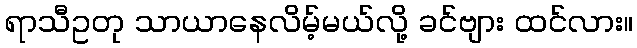
ရာသီဥတု သာယာနေလိမ့်မယ်လို့ ခင်ဗျား ထင်လား။